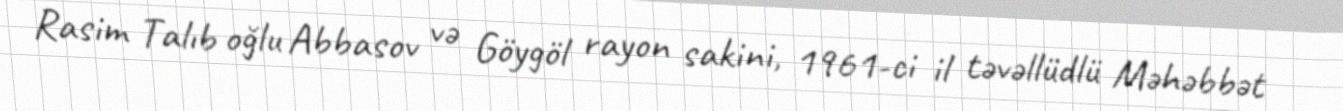
Rasim Talıb oğlu Abbasov və Göygöl rayon sakini, 1961-ci il təvəllüdlü Məhəbbət